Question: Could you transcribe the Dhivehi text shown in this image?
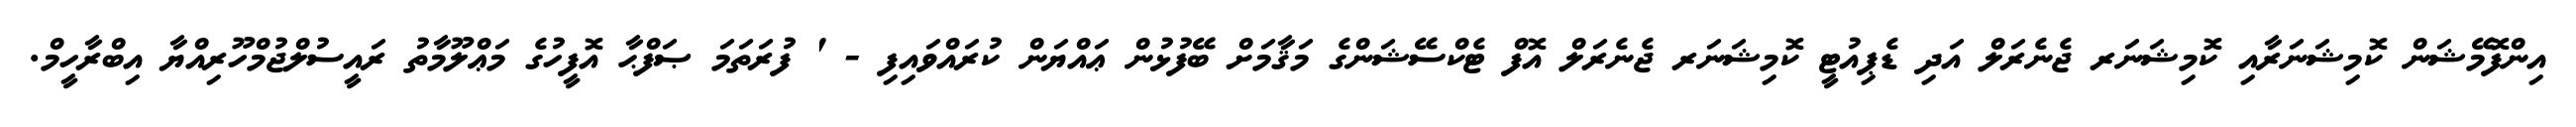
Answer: އިންފޮމޭޝަން ކޮމިޝަނަރާއި ކޮމިޝަނަރ ޖެނެރަލް އަދި ޑެޕިއުޓީ ކޮމިޝަނަރ ޖެނެރަލް އޮފް ޓެކްސޭޝަންގެ މަޤާމަށް ބޭފުޅުން ޢައްޔަން ކުރައްވައިފި - ' ފުރަތަމަ ޞަފްޙާ އޮފީހުގެ މަޢްލޫމާތު ރައީސުލްޖުމްހޫރިއްޔާ އިބްރާހީމް.